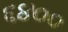
૬૪૦૦